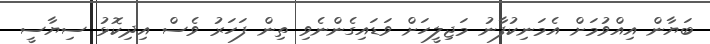
ބަޔާން އިއްވުމަށް އެމަނިކުފާނު މަޖިލީހަށް ވަޑައިގެންނެވި ތިން ފަހަރު ވެސް އިދިކޮޅު ސިޔާސީ